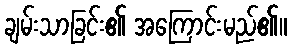
ချမ်းသာခြင်း၏ အကြောင်းမည်၏။